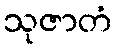
သုဇာတံ